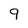
Character: 9